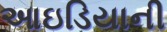
આઇડિયાની